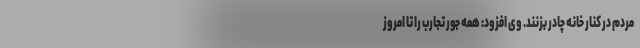
مردم در کنار خانه چادر بزنند. وی افزود:‌ همه جور تجارب را تا امروز